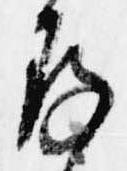
存